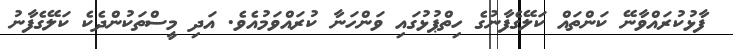
ފާޅުކުރައްވާނޭ ކަންތައް ކަލޭގެފާނުގެ ހިތްޕުޅުގައި ވަންހަނާ ކުރައްވަމުއެވެ. އަދި މީސްތަކުންދެކެ ކަލޭގެފާނު